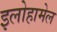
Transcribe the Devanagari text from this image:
इलोहामेल